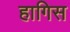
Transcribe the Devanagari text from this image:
हागिस